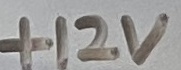
Text: +12V